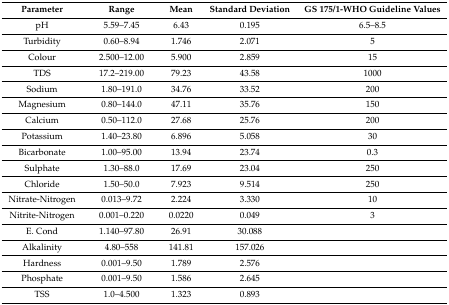
<table><thead><tr><td><b>Parameter</b></td><td><b>Range</b></td><td><b>Mean</b></td><td><b>Standard Deviation</b></td><td><b>GS 175/1-WHO Guideline Values</b></td></tr></thead><tbody><tr><td>pH</td><td>5.59–7.45</td><td>6.43</td><td>0.195</td><td>6.5–8.5</td></tr><tr><td>Turbidity</td><td>0.60–8.94</td><td>1.746</td><td>2.071</td><td>5</td></tr><tr><td>Colour</td><td>2.500–12.00</td><td>5.900</td><td>2.859</td><td>15</td></tr><tr><td>TDS</td><td>17.2–219.00</td><td>79.23</td><td>43.58</td><td>1000</td></tr><tr><td>Sodium</td><td>1.80–191.0</td><td>34.76</td><td>33.52</td><td>200</td></tr><tr><td>Magnesium</td><td>0.80–144.0</td><td>47.11</td><td>35.76</td><td>150</td></tr><tr><td>Calcium</td><td>0.50–112.0</td><td>27.68</td><td>25.76</td><td>200</td></tr><tr><td>Potassium</td><td>1.40–23.80</td><td>6.896</td><td>5.058</td><td>30</td></tr><tr><td>Bicarbonate</td><td>1.00–95.00</td><td>13.94</td><td>23.74</td><td>0.3</td></tr><tr><td>Sulphate</td><td>1.30–88.0</td><td>17.69</td><td>23.04</td><td>250</td></tr><tr><td>Chloride</td><td>1.50–50.0</td><td>7.923</td><td>9.514</td><td>250</td></tr><tr><td>Nitrate-Nitrogen</td><td>0.013–9.72</td><td>2.224</td><td>3.330</td><td>10</td></tr><tr><td>Nitrite-Nitrogen</td><td>0.001–0.220</td><td>0.0220</td><td>0.049</td><td>3</td></tr><tr><td>E. Cond</td><td>1.140–97.80</td><td>26.91</td><td>30.088</td><td></td></tr><tr><td>Alkalinity</td><td>4.80–558</td><td>141.81</td><td>157.026</td><td></td></tr><tr><td>Hardness</td><td>0.001–9.50</td><td>1.789</td><td>2.576</td><td></td></tr><tr><td>Phosphate</td><td>0.001–9.50</td><td>1.586</td><td>2.645</td><td></td></tr><tr><td>TSS</td><td>1.0–4.500</td><td>1.323</td><td>0.893</td><td></td></tr></tbody></table>